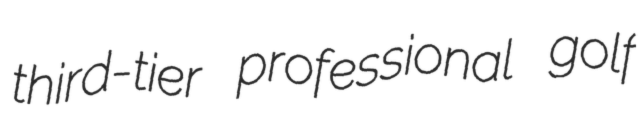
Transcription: third-tier professional golf